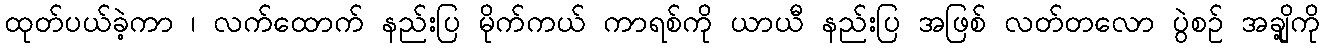
ထုတ်ပယ်ခဲ့ကာ ၊ လက်ထောက် နည်းပြ မိုက်ကယ် ကာရစ်ကို ယာယီ နည်းပြ အဖြစ် လတ်တလော ပွဲစဉ် အချို့ကို